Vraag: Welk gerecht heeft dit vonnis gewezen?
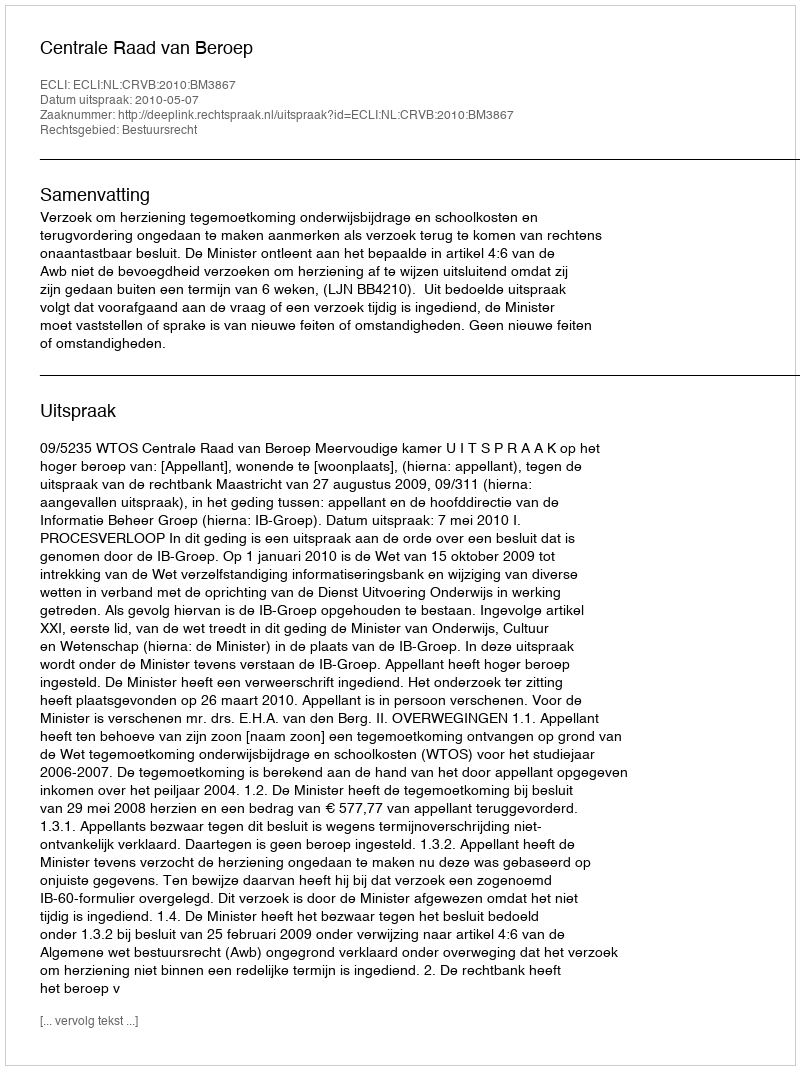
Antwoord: Centrale Raad van Beroep